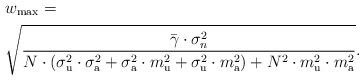
LaTeX: \begin{align*}&w_{\max} = \\&\sqrt{ \frac{ \bar{\gamma} \cdot \sigma_{n}^2}{ N\cdot (\sigma_{\rm u}^2 \cdot \sigma_{\rm a}^2 + \sigma_{\rm a}^2\cdot m_{\rm u}^2 + \sigma_{\rm u}^2 \cdot m_{\rm a}^2 ) + N^2\cdot m_{\rm u}^2 \cdot m_{\rm a}^2 } }.\end{align*}